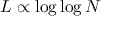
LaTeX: L \propto \log \log N